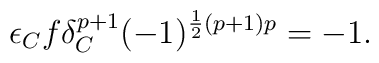
\epsilon_{C}f\delta_{C}^{p+1}(-1)^{\frac 12(p+1)p} = -1.